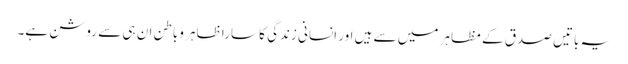
یہ باتیں صدق کے مظاہر میں سے ہیں اور انسانی زندگی کا سارا ظاہر وباطن ان ہی سے روشن ہے۔